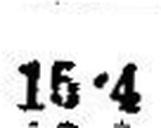
15•4